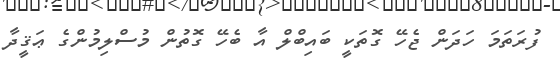
ފުރަތަމަ ހަދަން ޖެހޭ ގޮތަކީ ބައިބްލް އާ ބެހޭ ގޮތުން މުސްލިމުންގެ ޢަޤީދާ